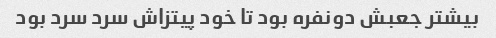
بیشتر جعبش دونفره بود تا خود پیتزاش سرد سرد بود